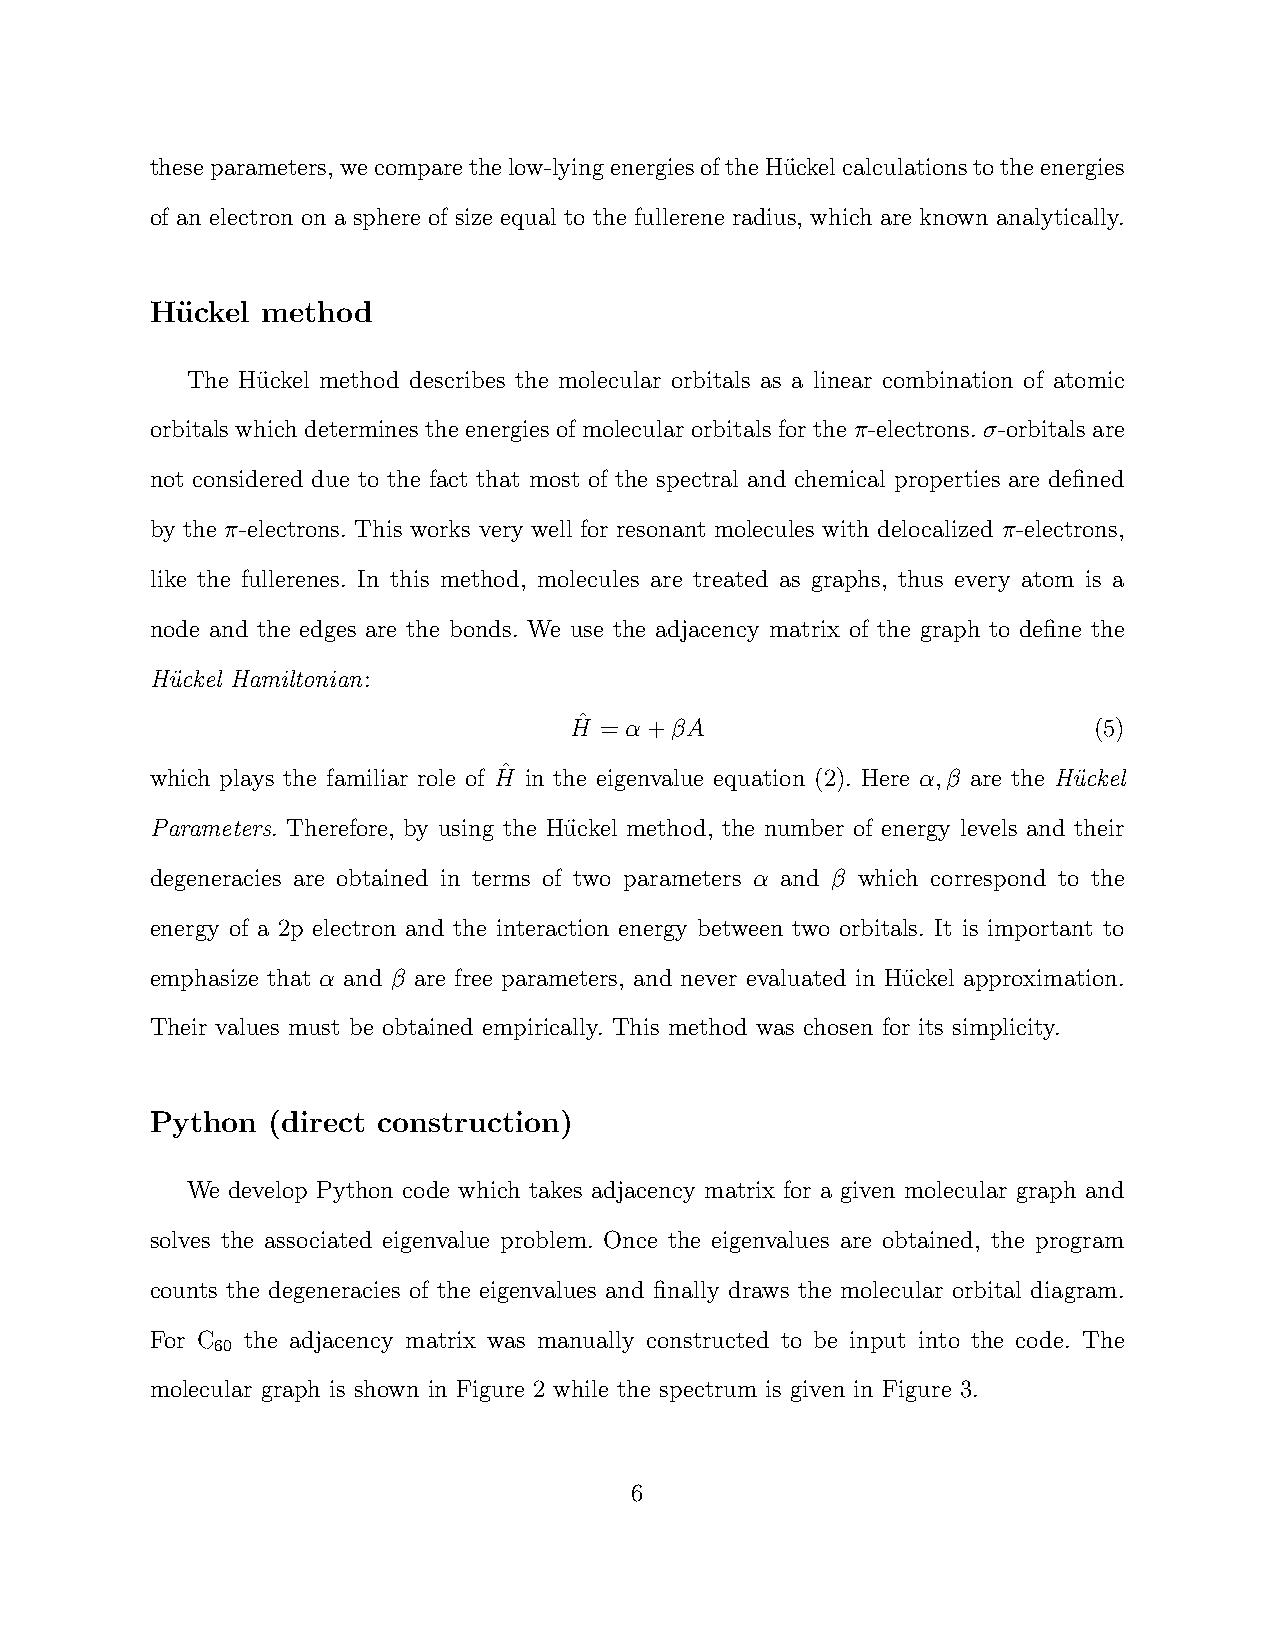
theseparameters,wecomparethelow-lyingenergiesoftheHu¨ckelcalculationstotheenergies
 of an electron on a sphere of size equal to the fullerene radius, which are known analytically.
 Hu¨ckel method
 The Hu¨ckel method describes the molecular orbitals as a linear combination of atomic
 orbitals which determines the energies of molecular orbitals for the π-electrons. σ-orbitals are
 not considered due to the fact that most of the spectral and chemical properties are defined
 by the π-electrons. This works very well for resonant molecules with delocalized π-electrons,
 like the fullerenes. In this method, molecules are treated as graphs, thus every atom is a
 node and the edges are the bonds. We use the adjacency matrix of the graph to define the
 Hu¨ckel Hamiltonian:
 ˆ
 H = α+βA                          (5)
 ˆ
 which plays the familiar role of H in the eigenvalue equation (2). Here α,β are the Hu¨ckel
 Parameters. Therefore, by using the Hu¨ckel method, the number of energy levels and their
 degeneracies are obtained in terms of two parameters α and β which correspond to the
 energy of a 2p electron and the interaction energy between two orbitals. It is important to
 emphasize that α and β are free parameters, and never evaluated in Hu¨ckel approximation.
 Their values must be obtained empirically. This method was chosen for its simplicity.
 Python  (direct construction)
 We develop Python code which takes adjacency matrix for a given molecular graph and
 solves the associated eigenvalue problem. Once the eigenvalues are obtained, the program
 counts the degeneracies of the eigenvalues and finally draws the molecular orbital diagram.
 For C the adjacency matrix was manually constructed to be input into the code. The
 60
 molecular graph is shown in Figure 2 while the spectrum is given in Figure 3.
 6